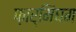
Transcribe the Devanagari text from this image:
फ़ार्मिंघम